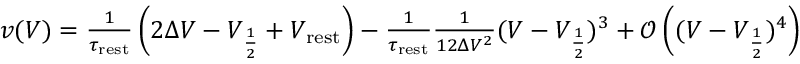
\begin{array} { r } { v ( V ) = \frac { 1 } { \tau _ { \mathrm { r e s t } } } \left( 2 \Delta V - V _ { \frac { 1 } { 2 } } + V _ { \mathrm { r e s t } } \right) - \frac { 1 } { \tau _ { \mathrm { r e s t } } } \frac { 1 } { 1 2 \Delta V ^ { 2 } } ( V - V _ { \frac { 1 } { 2 } } ) ^ { 3 } + \mathcal { O } \left( ( V - V _ { \frac { 1 } { 2 } } ) ^ { 4 } \right) } \end{array}